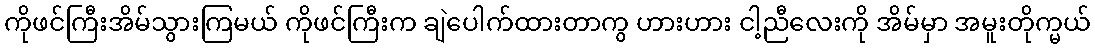
ကိုဖင်ကြီးအိမ်သွားကြမယ် ကိုဖင်ကြီးက ချဲပေါက်ထားတာကွ ဟားဟား ငါ့ညီလေးကို အိမ်မှာ အမူးတိုက္မယ်